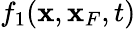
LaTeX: f_{1}({\mathbf x},{\mathbf x}_{F},t)